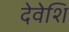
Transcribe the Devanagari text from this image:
देवेशि